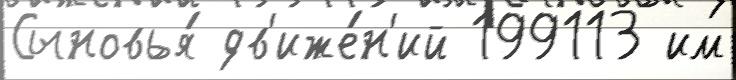
Сыновья́ дв'иже́н'ий 199113 им